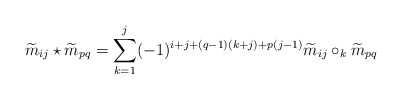
\begin{align*}\widetilde m_{ij} \star \widetilde m_{pq} =\sum\limits_{k=1}^j (-1)^{i+j+(q-1)(k+j)+p(j-1)}\widetilde m_{ij} \circ_k \widetilde m_{pq}\end{align*}